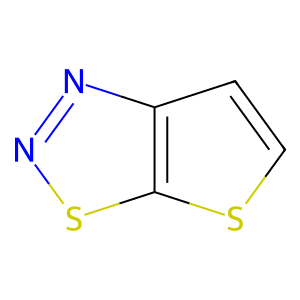
SMILES: c1cc2nnsc2s1
Inhibits HIV replication: No